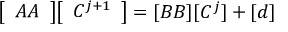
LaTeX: { \left[ \begin{array} { l } { A A } \end{array} \right] } { \left[ \begin{array} { l } { C ^ { j + 1 } } \end{array} \right] } = [ B B ] [ C ^ { j } ] + [ d ]